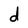
Character: d